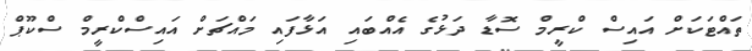
ތައްޓަކަށް އައިސް ކްރީމް ސޮޑާ ދަޅުގެ އެއްބައި އަޅާފައި މައްޗަށް އައިސްކްރީމް ސްކޫޕް